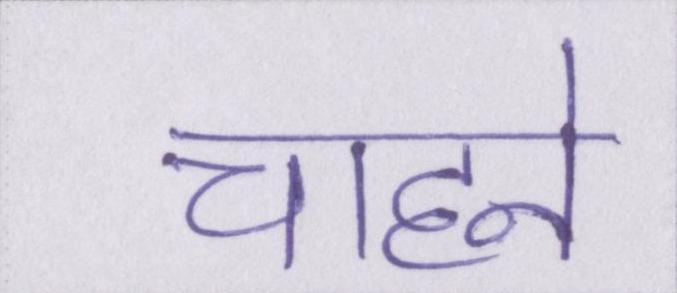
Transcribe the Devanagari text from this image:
चाहने